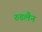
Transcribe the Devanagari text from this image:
रुडलैन